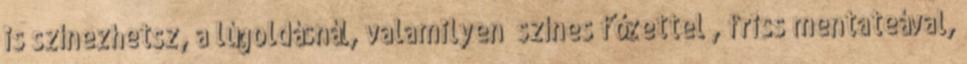
is színezhetsz, a lúgoldásnál, valamilyen „színes főzettel”, friss mentateával,